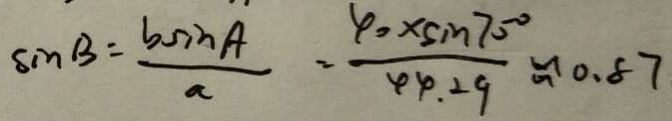
\sin B = \frac { b \sin A } { a } = \frac { 4 0 \times \sin 7 0 ^ { \circ } } { 4 4 . 2 9 } \approx 0 . 8 7